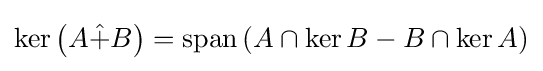
\ker \left(A{\hat {+}}B\right)=\operatorname {span} \left(A\cap \ker B-B\cap \ker A\right)